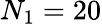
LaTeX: N_{1}=20